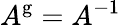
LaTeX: A^{\mathrm{g}}=A^{-1}